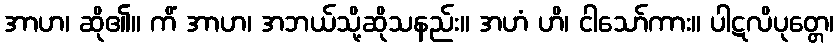
အာဟ၊ ဆို၏။ ကိံ အာဟ၊ အဘယ်သို့ဆိုသနည်း။ အဟံ ဟိ၊ ငါသော်ကား။ ပါဋလိပုတ္တေ၊